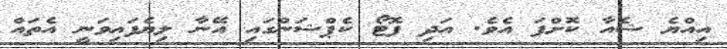
އިއްޔެ ޝެއާ ކޮށްފަ އެވެ. އަދި ފޮޓޯ ކެޕްޝަންގައި އޭނާ ލިޔެފައިވަނީ އެތައް